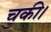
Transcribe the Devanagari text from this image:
चुकी।